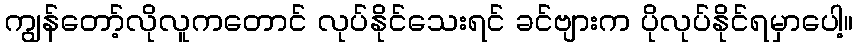
ကျွန်တော့်လိုလူကတောင် လုပ်နိုင်သေးရင် ခင်ဗျားက ပိုလုပ်နိုင်ရမှာပေါ့။